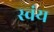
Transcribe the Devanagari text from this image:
स्‍वंय